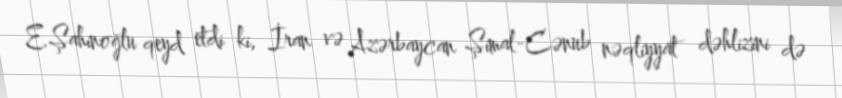
E.Şahinoğlu qeyd etdi ki, İran və Azərbaycan Şimal-Cənub nəqliyyat dəhlizini də